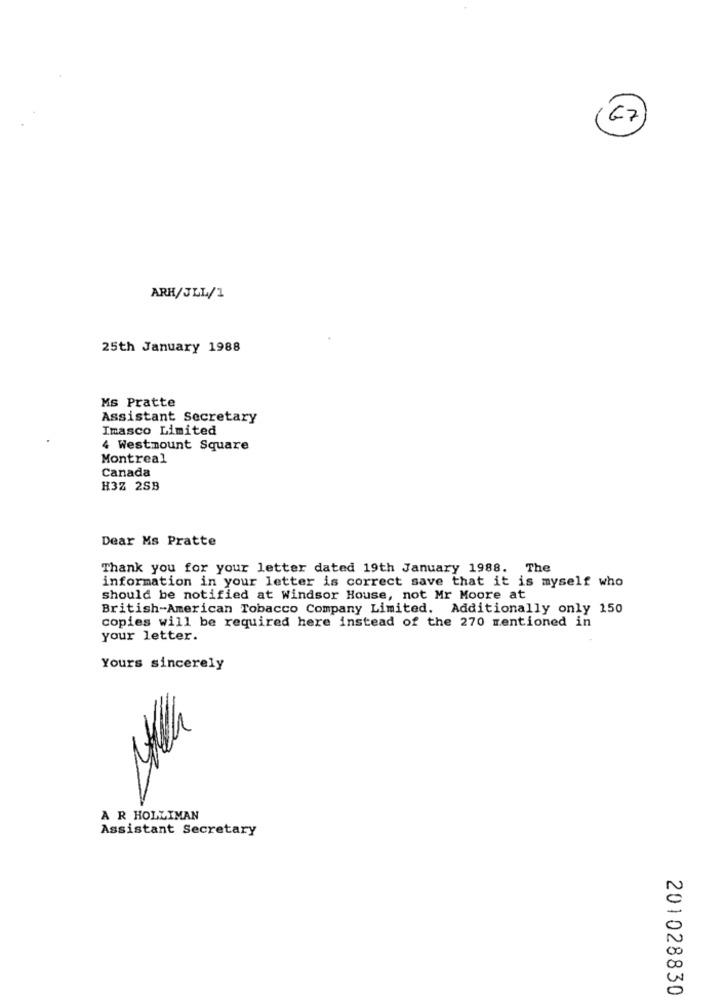
-7
ARK/JLL/1
25th January 1988
Ms Pratte
Assistant Secretary
Imasco Limited
4 Westmount Square
Montreal
Canada
H3Z 2SB
Dear Ms Pratte
Thank you for your letter dated 19th January 1988. The
information in your letter is correct save that it is myself who
should be notified at Windsor House, not Mr Moore at
British-American Tobacco Company Limited. Additionally only 150
copies will be required here instead of the 270 mentioned in
your letter.
Yours sincerely
A R HOLLIMAN
Assistant Secretary
00
00
0
201028830